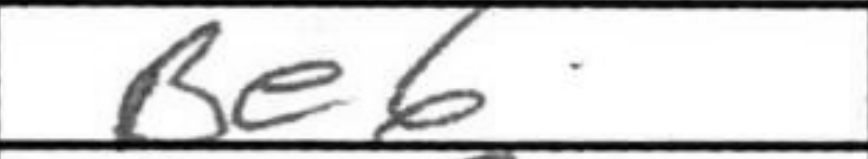
Transcription: Be6